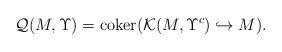
LaTeX: \begin{align*}\mathcal{Q}(M,\Upsilon) = \mathrm{coker}(\mathcal{K}(M,\Upsilon^c)\hookrightarrow M).\end{align*}